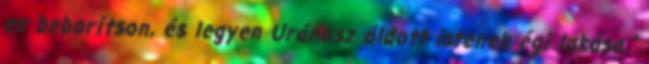
ez beborítson, és legyen Uránosz áldott istenek égi lakása.”